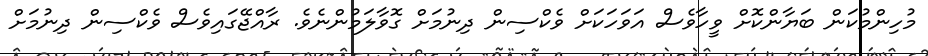
މުހިންމުކަން ބަޔާންކޮށް ވީހާވެސް އަވަހަކަށް ވެކްސިން ދިނުމަށް ގޮވާލަމުންނެވެ. ރާއްޖޭގައިވެސް ވެކްސިން ދިނުމަށް